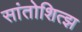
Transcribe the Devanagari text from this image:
सांतोशित्झ